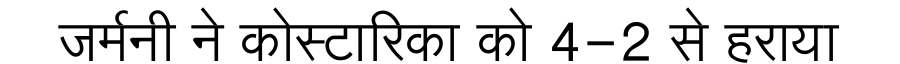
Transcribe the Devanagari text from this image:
जर्मनी ने कोस्टारिका को 4-2 से हराया